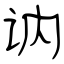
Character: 讷